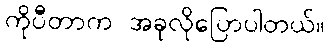
ကိုပီတာက အခုလိုပြောပါတယ်။